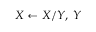
X \leftarrow X / Y , \; Y